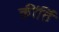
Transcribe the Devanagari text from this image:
कींर्ति